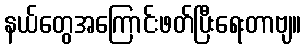
နယ်တွေအကြောင်းဖတ်ပြီးရေးတာဗျ။